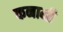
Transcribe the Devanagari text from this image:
कनामी